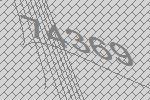
74369